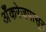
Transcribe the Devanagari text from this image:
अँकरेजपासून